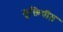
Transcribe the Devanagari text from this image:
मुक्तिपीठ